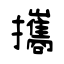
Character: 攜